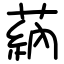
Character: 蒳